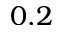
0 . 2